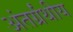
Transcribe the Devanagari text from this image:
अंतर्ग्रंथीय